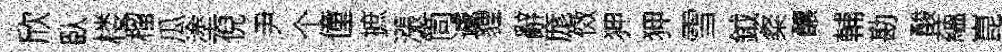
欣臥楼榴瓜塗倪尹个僮摭漲筒遽貍辭庬傚狎狎雪鉞粲釀輔勘酸蘊崑